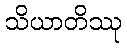
သိယာတိဿု